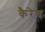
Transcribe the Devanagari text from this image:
कैरेघ